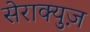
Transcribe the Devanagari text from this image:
सेराक्युज़